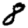
Digit: 8